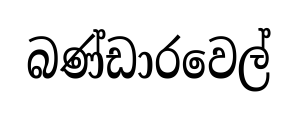
බණ්ඩාරවෙල්